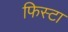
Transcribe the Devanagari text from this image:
फिस्टा